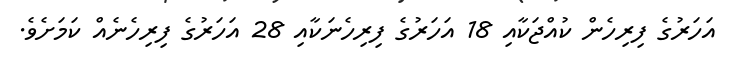
އަހަރުގެ ފިރިހެން ކުއްޖަކާއި 18 އަހަރުގެ ފިރިހެނަކާއި 28 އަހަރުގެ ފިރިހެނެއް ކަމަށެވެ.